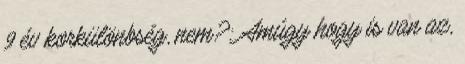
9 év korkülönbség, nem?: Amúgy hogy is van az,